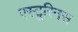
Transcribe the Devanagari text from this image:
एस्टूरिनस